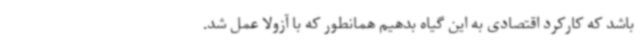
باشد که کارکرد اقتصادی به این گیاه بدهیم همانطور که با آزولا عمل شد.